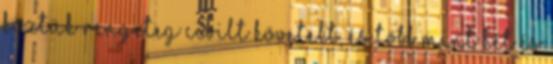
köztük rengeteg civilt követelt, és több mint két és